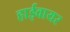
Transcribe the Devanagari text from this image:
हाईवायर